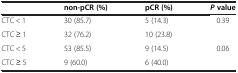
<table><thead><tr><td></td><td><b>non-pCR (%)</b></td><td><b>pCR (%)</b></td><td><b><i>P</i>value</b></td></tr></thead><tbody><tr><td>CTC &lt; 1</td><td>30 (85.7)</td><td>5 (14.3)</td><td>0.39</td></tr><tr><td>CTC ≥ 1</td><td>32 (76.2)</td><td>10 (23.8)</td><td></td></tr><tr><td>CTC &lt; 5</td><td>53 (85.5)</td><td>9 (14.5)</td><td>0.06</td></tr><tr><td>CTC ≥ 5</td><td>9 (60.0)</td><td>6 (40.0)</td><td></td></tr></tbody></table>